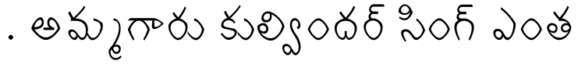
. అమ్మగారు కుల్విందర్ సింగ్ ఎంత